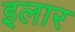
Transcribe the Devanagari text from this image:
इलार